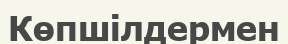
Көпшілдермен